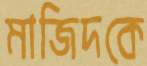
মাজিদকে